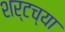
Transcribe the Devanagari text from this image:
शर्टच्या